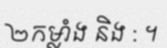
២កម្លាំង និង : ។